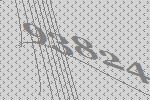
93824